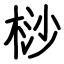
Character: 桫